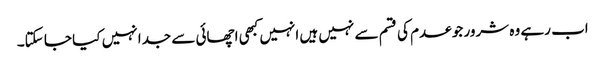
اب رہے وہ شرور جو عدم کی قسم سے نہیں ہیں انہیں کبھی اچھائی سے جدا نہیں کیا جا سکتا۔